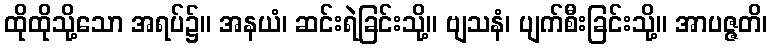
ထိုထိုသို့သော အရပ်၌။ အနယံ၊ ဆင်းရဲခြင်းသို့။ ဗျသနံ၊ ပျက်စီးခြင်းသို့။ အာပဇ္ဇတိ၊